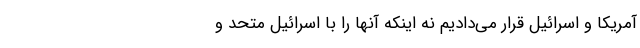
آمریکا و اسرائیل قرار می‌دادیم نه اینکه آنها را با اسرائیل متحد و